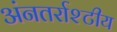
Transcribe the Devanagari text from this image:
अंनतर्राश्टीय